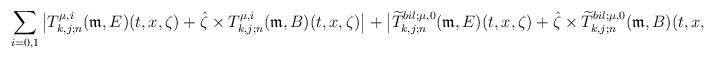
LaTeX: \begin{align*}\sum_{i=0,1}\big| T_{k,j;n}^{\mu,i}( \mathfrak{m}, E)(t,x, \zeta) + \hat{\zeta}\times T_{k,j;n}^{\mu,i}( \mathfrak{m}, B)(t,x, \zeta)\big|+ \big|\widetilde{T}_{k,j;n}^{bil;\mu,0}( \mathfrak{m}, E)(t,x, \zeta )+ \hat{\zeta}\times \widetilde{T}_{k,j;n}^{bil;\mu,0 }(\mathfrak{m}, B )(t,x, \zeta)\big| \end{align*}